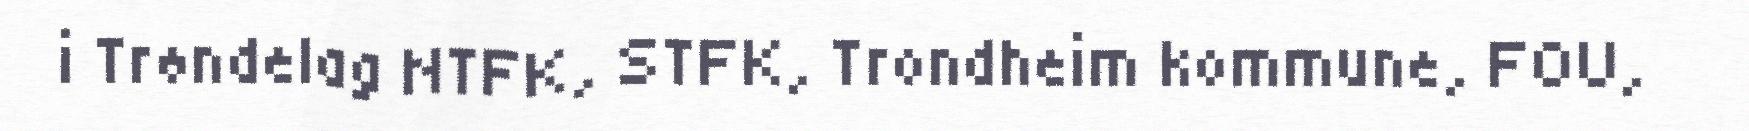
i Trøndelag NTFK, STFK, Trondheim kommune, FOU,